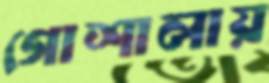
গোশালায়